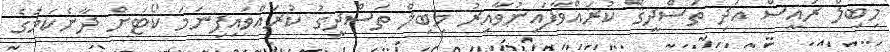
މިބިލް ރައީސް އަދި ތަސްދީޤް ކުރައްވާފައިނުވާއިރު މިބިލް ތަސްދީގު ކުރައްވައިފިނަމަ ކޯޓަށް ދާނެކަމުގެ